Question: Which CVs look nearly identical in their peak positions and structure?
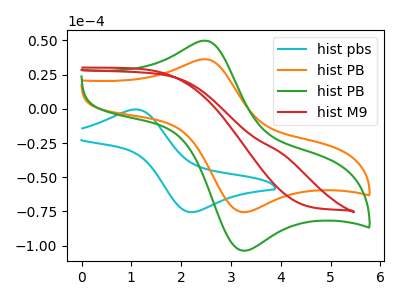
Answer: <think>The cyan curve "hist pbs" has an anodic peak at (1.05V, -0.45uA) and a cathodic peak at (2.25V, -75.50uA). The orange curve "hist PB" has an anodic peak at (2.50V, 36.25uA) and a cathodic peak at (3.25V, -75.45uA). The green curve "hist PB" has an anodic peak at (2.50V, 49.80uA) and a cathodic peak at (3.25V, -103.60uA). The red curve "hist M9" has no peaks.
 "hist pbs" and "hist PB" have at least one peak that do not match. "hist pbs" and "hist PB" have at least one peak that do not match. "hist pbs" and "hist M9" have a different number of peaks. All the peaks in "hist PB" have a peak in "hist PB" at the same potential. Every peak in "hist PB" is lower than every peak in "hist PB". "hist PB" and "hist M9" have a different number of peaks. "hist PB" and "hist M9" have a different number of peaks.</think>
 <answer>"hist PB" and "hist PB" have the same shape and are likely CV's of the same chemical.</answer>
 <eval>"hist PB" "hist PB"</eval>